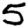
Digit: 5